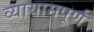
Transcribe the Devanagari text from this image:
व्यायामपूर्ण